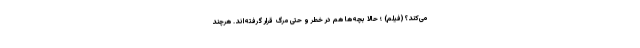
می‌کند؟ (فیلم) ؛ حالا بچه‌ها هم در خطر و حتی مرگ قرار گرفته‌اند. هرچند